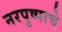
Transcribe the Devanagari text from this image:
नरपुष्पाचे